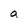
Character: a